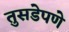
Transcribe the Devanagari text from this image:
तुसडेपणे